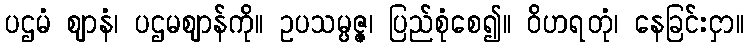
ပဌမံ ဈာနံ၊ ပဌမဈာန်ကို။ ဥပသမ္ပဇ္ဇ၊ ပြည်စုံစေ၍။ ဝိဟရတုံ၊ နေခြင်းငှာ။